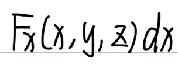
\(F_x(x,y,z)dx\)